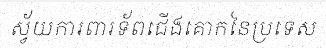
ស្វ័យការពារទ័ពជើងគោកនៃប្រទេស